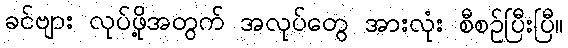
ခင်ဗျား လုပ်ဖို့အတွက် အလုပ်တွေ အားလုံး စီစဉ်ပြီးပြီ။